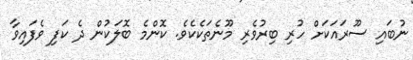
ނުބައި ސޫރައަކަށް ހުރި ބިރުވެރި މޫނެތަކެކެވެ. ކޮންމެ ބޮލަކުން ދެ ކަފި ވެފައިވާ